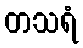
တသရံ